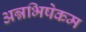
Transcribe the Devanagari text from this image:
अन्नभिषेकम